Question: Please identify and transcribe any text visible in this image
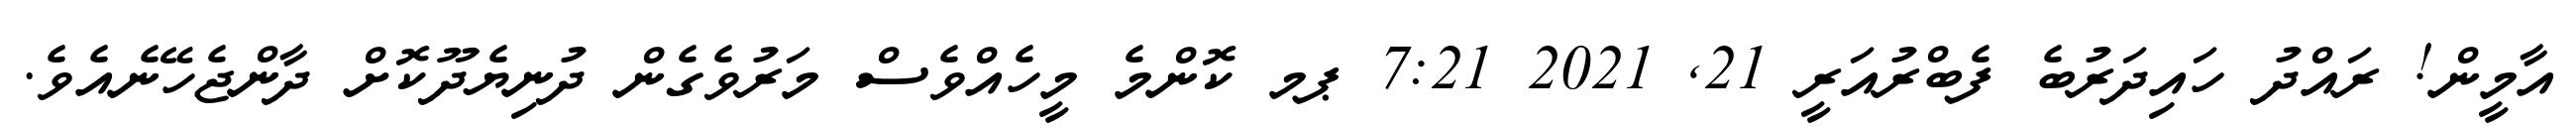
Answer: އާމީން! ރައްދު ހައިދަރުބެ ފެބްރުއަރީ 21, 2021 7:21 ޕމ ކޮންމެ މީހެއްވެސް މަރުވެގެން ދުނިޔެދޫކޮށް ދާންޖެހޭނެއެވެ.